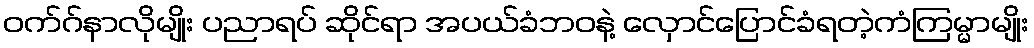
ဝက်ဂ်နာလိုမျိုး ပညာရပ် ဆိုင်ရာ အပယ်ခံဘဝနဲ့ လှောင်ပြောင်ခံရတဲ့ကံကြမ္မာမျိုး